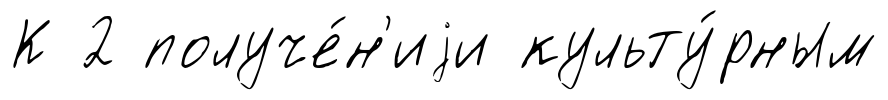
К 2 получе́н'иjи культу́рным